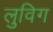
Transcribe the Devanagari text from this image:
लुविग